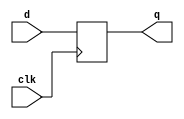
/* Standard include file for EECS151.

 The "no flip-flop inference" policy.  Instead of using flip-flop and
 register inference, all EECS151/251A Verilog specifications will use
 explicit instantiation of register modules (defined below).  This
 policy will apply to lecture, discussion, lab, project, and problem
 sets.  This way of specification matches our RTL model of circuit,
 i.e., all specifications are nothing but a set of interconnected
 combinational logic blocks and state elements.  The goal is to
 simplify the use of Verilog and avoid mistakes that arise from
 specifying sequential logic.  Also, we can eliminate the explicit use
 of the non-blocking assignment "<=", and the associated confusion
 about blocking versus non-blocking.

 Here is a draft set of standard registers for EECS151.  All are
 positive edge triggered.  R and CE represent synchronous reset and
 clock enable, respectively. Both are active high.

 REGISTER 
 REGISTER_CE
 REGISTER_R
 REGISTER_R_CE
*/
`timescale 1ns/1ns

// Register of D-Type Flip-flops
module REGISTER(q, d, clk);
   parameter N = 1;
   output reg [N-1:0] q;
   input [N-1:0]      d;
   input 	     clk;
   initial q = {N{1'b0}};
   always @(posedge clk)
    q <= d;
endmodule // REGISTER

// Register with clock enable
module REGISTER_CE(q, d, ce, clk);
   parameter N = 1;
   output reg [N-1:0] q;
   input [N-1:0]      d;
   input 	      ce, clk;
   initial q = {N{1'b0}};
   always @(posedge clk)
     if (ce) q <= d;
endmodule // REGISTER_CE

// Register with reset value
module REGISTER_R(q, d, rst, clk);
   parameter N = 1;
   parameter INIT = {N{1'b0}};
   output reg [N-1:0] q;
   input [N-1:0]      d;
   input 	      rst, clk;
   initial q = INIT;
   always @(posedge clk)
     if (rst) q <= INIT;
     else q <= d;
endmodule // REGISTER_R

// Register with reset and clock enable
//  Reset works independently of clock enable
module REGISTER_R_CE(q, d, rst, ce, clk);
   parameter N = 1;
   parameter INIT = {N{1'b0}};
   output reg [N-1:0] q;
   input [N-1:0]      d;
   input 	      rst, ce, clk;
   initial q = INIT;
   always @(posedge clk)
     if (rst) q <= INIT;
     else if (ce) q <= d;
endmodule // REGISTER_R_CE


/* 
 Memory Blocks.  These will simulate correctly and synthesize
 correctly to memory resources in the FPGA flow.  Eventually, will
 need to make an ASIC version.
*/
// Single-ported ROM with asynchronous read
module ASYNC_ROM(q, addr, clk);
    parameter DWIDTH = 8;               // Data width
    parameter AWIDTH = 8;               // Address width
    parameter DEPTH = 256;              // Memory depth
    parameter MEM_INIT_HEX_FILE = "";
    parameter MEM_INIT_BIN_FILE = "";
    input [AWIDTH-1:0] addr;            // Address input
    input 	           clk;
    output [DWIDTH-1:0] q;
    (* ram_style = "distributed" *) reg [DWIDTH-1:0] mem [DEPTH-1:0];

    integer i;
    initial begin
        if (MEM_INIT_HEX_FILE != "") begin
	          $readmemh(MEM_INIT_HEX_FILE, mem);
        end
        else if (MEM_INIT_BIN_FILE != "") begin
	          $readmemb(MEM_INIT_BIN_FILE, mem);
        end
        else begin
            for (i = 0; i < DEPTH; i = i + 1) begin
                mem[i] = 0;
            end
        end
    end

    assign q = mem[addr];
endmodule // ASYNC_ROM

// Single-ported RAM with asynchronous read
module ASYNC_RAM(q, d, addr, we, clk);
    parameter DWIDTH = 8;               // Data width
    parameter AWIDTH = 8;               // Address width
    parameter DEPTH = 256;              // Memory depth
    parameter MEM_INIT_HEX_FILE = "";
    parameter MEM_INIT_BIN_FILE = "";
    input [DWIDTH-1:0] d;               // Data input
    input [AWIDTH-1:0] addr;            // Address input
    input 	           we, clk;
    output [DWIDTH-1:0] q;
    (* ram_style = "distributed" *) reg [DWIDTH-1:0] mem [DEPTH-1:0];

    integer i;
    initial begin
        if (MEM_INIT_HEX_FILE != "") begin
	          $readmemh(MEM_INIT_HEX_FILE, mem);
        end
        else if (MEM_INIT_BIN_FILE != "") begin
	          $readmemb(MEM_INIT_BIN_FILE, mem);
        end
        else begin
            for (i = 0; i < DEPTH; i = i + 1) begin
                mem[i] = 0;
            end
        end
    end

    always @(posedge clk) begin
        if (we)
            mem[addr] <= d;
    end

    assign q = mem[addr];
endmodule // ASYNC_RAM

/*
 To add: multiple ports, synchronous read, ASIC synthesis support.
 */

// Single-ported ROM with synchronous read
module SYNC_ROM(q, addr, clk);
    parameter DWIDTH = 8;               // Data width
    parameter AWIDTH = 8;               // Address width
    parameter DEPTH = 256;              // Memory depth
    parameter MEM_INIT_HEX_FILE = "";
    parameter MEM_INIT_BIN_FILE = "";
    input [AWIDTH-1:0] addr;            // Address input
    input 	           clk;
    output [DWIDTH-1:0] q;
    (* ram_style = "block" *) reg [DWIDTH-1:0] mem [DEPTH-1:0];

    integer i;
    initial begin
        if (MEM_INIT_HEX_FILE != "") begin
	          $readmemh(MEM_INIT_HEX_FILE, mem);
        end
        else if (MEM_INIT_BIN_FILE != "") begin
	          $readmemb(MEM_INIT_BIN_FILE, mem);
        end
        else begin
            for (i = 0; i < DEPTH; i = i + 1) begin
                mem[i] = 0;
            end
        end
    end

    reg [DWIDTH-1:0] read_reg_val;
    always @(posedge clk) begin
        read_reg_val <= mem[addr];
    end

    assign q = read_reg_val;
endmodule // SYNC_ROM

// Single-ported RAM with synchronous read
module SYNC_RAM(q, d, addr, we, clk);
    parameter DWIDTH = 8;               // Data width
    parameter AWIDTH = 8;               // Address width
    parameter DEPTH = 256;              // Memory depth
    parameter MEM_INIT_HEX_FILE = "";
    parameter MEM_INIT_BIN_FILE = "";
    input [DWIDTH-1:0] d;               // Data input
    input [AWIDTH-1:0] addr;            // Address input
    input 	           we, clk;
    output [DWIDTH-1:0] q;
    (* ram_style = "block" *) reg [DWIDTH-1:0] mem [DEPTH-1:0];

    integer i;
    initial begin
        if (MEM_INIT_HEX_FILE != "") begin
	          $readmemh(MEM_INIT_HEX_FILE, mem);
        end
        else if (MEM_INIT_BIN_FILE != "") begin
	          $readmemb(MEM_INIT_BIN_FILE, mem);
        end
        else begin
            for (i = 0; i < DEPTH; i = i + 1) begin
                mem[i] = 0;
            end
        end
    end

    reg [DWIDTH-1:0] read_reg_val;
    always @(posedge clk) begin
        if (we)
            mem[addr] <= d;
        read_reg_val <= mem[addr];
    end

    assign q = read_reg_val;
endmodule // SYNC_RAM

// Xilinx FPGA Dual-ported RAM with synchronous read
module XILINX_SYNC_RAM_DP(q0, d0, addr0, we0, q1, d1, addr1, we1, clk, rst);
    parameter DWIDTH = 8;               // Data width
    parameter AWIDTH = 8;               // Address width
    parameter DEPTH = 256;              // Memory depth
    parameter MEM_INIT_HEX_FILE = "";
    parameter MEM_INIT_BIN_FILE = "";
    input clk;
    input rst;
    input [DWIDTH-1:0] d0;               // Data input
    input [AWIDTH-1:0] addr0;            // Address input
    input 	           we0;
    output [DWIDTH-1:0] q0;

    input [DWIDTH-1:0] d1;               // Data input
    input [AWIDTH-1:0] addr1;            // Address input
    input 	           we1;
    output [DWIDTH-1:0] q1;
    (* ram_style = "block" *) reg [DWIDTH-1:0] mem [DEPTH-1:0];

    integer i;
    initial begin
        if (MEM_INIT_HEX_FILE != "") begin
	          $readmemh(MEM_INIT_HEX_FILE, mem);
        end
        else if (MEM_INIT_BIN_FILE != "") begin
	          $readmemb(MEM_INIT_BIN_FILE, mem);
        end
        else begin
            for (i = 0; i < DEPTH; i = i + 1) begin
                mem[i] = 0;
            end
        end
    end

    reg [DWIDTH-1:0] read0_reg_val;
    reg [DWIDTH-1:0] read1_reg_val;
    always @(posedge clk) begin
        if (we0)
            mem[addr0] <= d0;
        if (rst)
            read0_reg_val <= 0;
        else
            read0_reg_val <= mem[addr0];
    end

    always @(posedge clk) begin
        if (we1)
            mem[addr1] <= d1;
        if (rst)
            read1_reg_val <= 0;
        else
            read1_reg_val <= mem[addr1];
    end

    assign q0 = read0_reg_val;
    assign q1 = read1_reg_val;

endmodule // XILINX_SYNC_RAM_DP

// Xilinx FPGA Dual-ported RAM with asynchronous read
module XILINX_ASYNC_RAM_DP(q0, d0, addr0, we0, q1, d1, addr1, we1, clk, rst);
    parameter DWIDTH = 8;               // Data width
    parameter AWIDTH = 8;               // Address width
    parameter DEPTH = 256;              // Memory depth
    parameter MEM_INIT_HEX_FILE = "";
    parameter MEM_INIT_BIN_FILE = "";
    input clk;
    input rst;
    input [DWIDTH-1:0] d0;               // Data input
    input [AWIDTH-1:0] addr0;            // Address input
    input 	           we0;
    output [DWIDTH-1:0] q0;

    input [DWIDTH-1:0] d1;               // Data input
    input [AWIDTH-1:0] addr1;            // Address input
    input 	           we1;
    output [DWIDTH-1:0] q1;
    (* ram_style = "distributed" *) reg [DWIDTH-1:0] mem [DEPTH-1:0];

    integer i;
    initial begin
        if (MEM_INIT_HEX_FILE != "") begin
	          $readmemh(MEM_INIT_HEX_FILE, mem);
        end
        else if (MEM_INIT_BIN_FILE != "") begin
	          $readmemb(MEM_INIT_BIN_FILE, mem);
        end
        else begin
            for (i = 0; i < DEPTH; i = i + 1) begin
                mem[i] = 0;
            end
        end
    end

    always @(posedge clk) begin
        if (we0)
            mem[addr0] <= d0;
    end

    always @(posedge clk) begin
        if (we1)
            mem[addr1] <= d1;
    end

    assign q0 = mem[addr0];
    assign q1 = mem[addr1];

endmodule // XILINX_SYNC_RAM_DP

// ASIC Dual-ported RAM with synchronous read
module ASIC_SYNC_RAM_DP(q0, d0, addr0, we0, q1, d1, addr1, we1, clk);
    parameter DWIDTH = 8;               // Data width
    parameter AWIDTH = 8;               // Address width
    parameter DEPTH = 256;              // Memory depth
    parameter MEM_INIT_HEX_FILE = "";
    parameter MEM_INIT_BIN_FILE = "";
    input clk;
    input [DWIDTH-1:0] d0;               // Data input
    input [AWIDTH-1:0] addr0;            // Address input
    input 	           we0;
    output [DWIDTH-1:0] q0;

    input [DWIDTH-1:0] d1;               // Data input
    input [AWIDTH-1:0] addr1;            // Address input
    input 	           we1;
    output [DWIDTH-1:0] q1;
    reg [DWIDTH-1:0] mem [DEPTH-1:0];

    integer i;
    initial begin
        if (MEM_INIT_HEX_FILE != "") begin
	          $readmemh(MEM_INIT_HEX_FILE, mem);
        end
        else if (MEM_INIT_BIN_FILE != "") begin
	          $readmemb(MEM_INIT_BIN_FILE, mem);
        end
        else begin
            for (i = 0; i < DEPTH; i = i + 1) begin
                mem[i] = 0;
            end
        end
    end

    reg [DWIDTH-1:0] read0_reg_val;
    reg [DWIDTH-1:0] read1_reg_val;
    always @(posedge clk) begin
        if (we0)
            mem[addr0] <= d0;
        if (we1)
            mem[addr1] <= d1;
        read0_reg_val <= mem[addr0];
        read1_reg_val <= mem[addr1];
    end

    assign q0 = read0_reg_val;
    assign q1 = read1_reg_val;

endmodule // ASIC_SYNC_RAM_DP